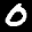
Label: 0